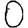
Digit: 0